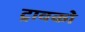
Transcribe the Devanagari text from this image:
ट्रावको